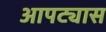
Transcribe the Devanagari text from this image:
आपट्यास